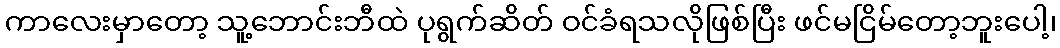
ကာလေးမှာတော့ သူ့ဘောင်းဘီထဲ ပုရွက်ဆိတ် ဝင်ခံရသလိုဖြစ်ပြီး ဖင်မငြိမ်တော့ဘူးပေါ့၊